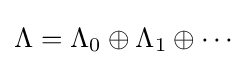
\Lambda =\Lambda _{0}\oplus \Lambda _{1}\oplus \cdots